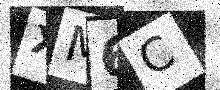
Text: XM6C